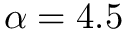
\alpha = 4 . 5